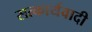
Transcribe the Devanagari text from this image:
सत्कार्यवादी